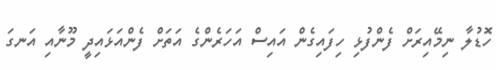
ހޮޑުލާ ނިމޭއިރަށް ފެންފުޅި ހިފައިގެން އައިސް އަހަރެންގެ އަތަށް ފެންއަޅައިދީ މޫނާއި އަނގަ